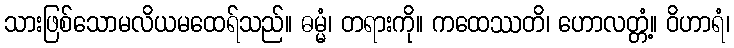
သားဖြစ်သောမလိယမထေရ်သည်။ ဓမ္မံ၊ တရားကို။ ကထေဿတိ၊ ဟောလတ္တံ့။ ဝိဟာရံ၊